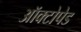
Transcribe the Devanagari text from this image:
ऑक्टोपेड